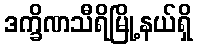
ဒက္ခိဏသီရိမြို့နယ်ရှိ